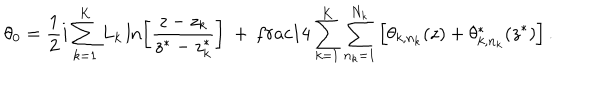
LaTeX: \theta _ { 0 } = \frac { 1 } { 2 } i \sum _ { k = 1 } ^ { K } L _ { k } \ln \left[ \frac { z - z _ { k } } { z ^ { * } - z _ { k } ^ { * } } \right] \ + \, \frac { 1 } { 4 } \sum _ { k = 1 } ^ { K } \sum _ { n _ { k } = 1 } ^ { N _ { k } } \left[ \theta _ { k , n _ { k } } ( z ) + \theta _ { k , n _ { k } } ^ { * } ( z ^ { * } ) \right] .